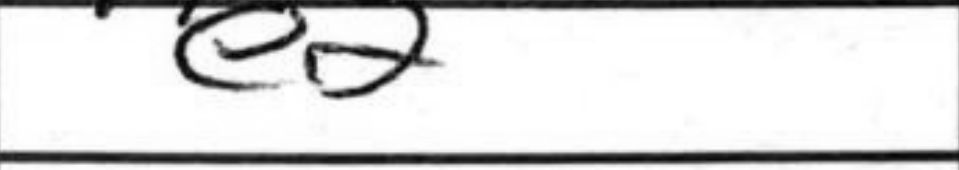
Transcription: e2